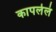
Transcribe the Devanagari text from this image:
कापलेलं